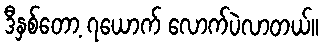
ဒီနှစ်တော့ ၇ယောက် လောက်ပဲလာတယ်။